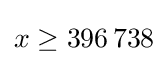
x\geq 396\,738